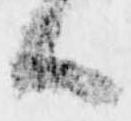
ハ